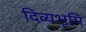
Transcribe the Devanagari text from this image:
दिव्यभूमि